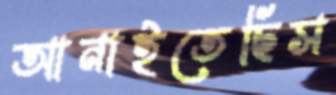
আনাইতেছিস